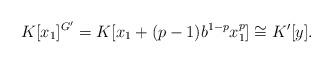
LaTeX: \begin{align*} K[x_1]^{G'}= K[x_1 +(p-1)b^{1-p}x_1^p]\cong K'[y]. \end{align*}